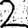
Digit: 2